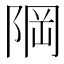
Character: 𨹽